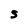
Character: S